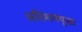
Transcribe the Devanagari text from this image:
अतिशययुक्त